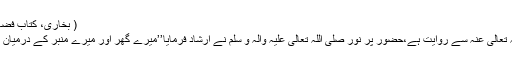
( بخاری، کتاب فضائل المدینۃ، ۱۱-باب، ۱ / ۶۲۰، الحدیث: ۱۸۸۵)
(6)…حضرت عبداللّٰہ بن زید انصاری رَضِیَ اللّٰہُ تَعَالٰی عَنْہُ سے روایت ہے،حضور پُر نور صَلَّی اللّٰہُ تَعَالٰی عَلَیْہِ وَاٰلِہ وَ سَلَّمَ نے ارشاد فرمایا’’میرے گھر اور میرے منبر کے درمیان کی جگہ جنت کے باغوں میں سے ایک باغ ہے۔